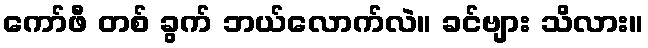
ကော်ဖီ တစ် ခွက် ဘယ်လောက်လဲ။ ခင်ဗျား သိလား။